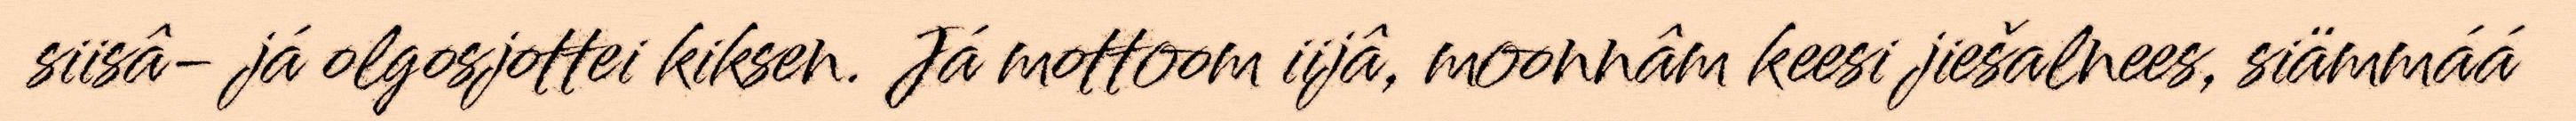
siisâ- já olgosjottei kiksen. Já mottoom iijâ, moonnâm keesi jiešalnees, siämmáá